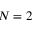
N = 2